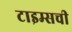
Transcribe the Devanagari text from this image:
टाइम्सची